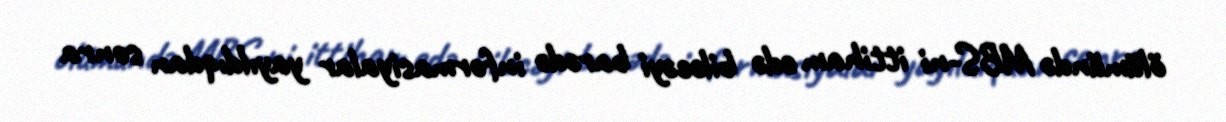
ölümündə MBS-ni ittiham edə biləcəyi barədə informasiyalar yayıldıqdan sonra